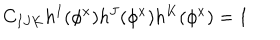
C _ { I J K } h ^ { I } ( \phi ^ { x } ) h ^ { J } ( \phi ^ { x } ) h ^ { K } ( \phi ^ { x } ) = 1